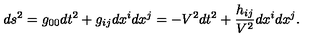
d s \sp 2 = g _ { 0 0 } d t \sp 2 + g _ { i j } d x \sp { i } d x \sp { j } = - V \sp 2 d t \sp 2 + \frac { h _ { i j } } { V \sp 2 } d x \sp { i } d x \sp { j } .